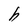
Character: h